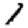
Digit: 1